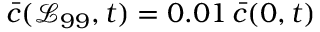
\bar { c } ( \mathcal { L } _ { 9 9 } , t ) = 0 . 0 1 \, \bar { c } ( 0 , t )